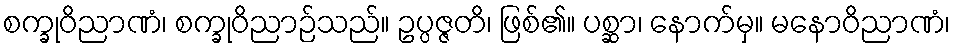
စက္ခုဝိညာဏံ၊ စက္ခုဝိညာဉ်သည်။ ဥပ္ပဇ္ဇတိ၊ ဖြစ်၏။ ပစ္ဆာ၊ နောက်မှ။ မနောဝိညာဏံ၊